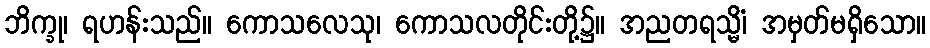
ဘိက္ခု၊ ရဟန်းသည်။ ကောသလေသု၊ ကောသလတိုင်းတို့၌။ အညတရသ္မိံ၊ အမှတ်မရှိသော။